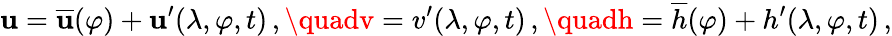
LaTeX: \mathbf{u}=\overline{{{\mathbf{u}}}}(\varphi)+\mathbf{u}^{\prime}(\lambda,\varphi,t)\, ,\quadv=v^{\prime}(\lambda,\varphi,t)\, ,\quadh=\overline{{{h}}}(\varphi)+h^{\prime}(\lambda,\varphi,t)\, ,